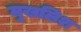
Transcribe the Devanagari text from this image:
मुखलिश